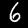
Label: 6